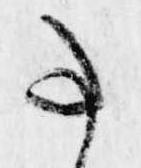
事